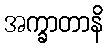
အက္ခာတာနိ